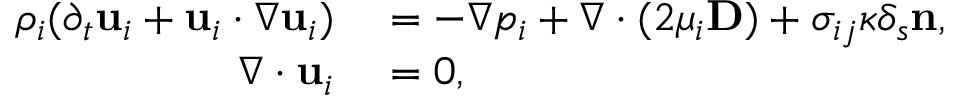
\begin{array} { r l } { \rho _ { i } ( \partial _ { t } \mathbf { u } _ { i } + \mathbf { u } _ { i } \cdot \nabla \mathbf { u } _ { i } ) } & { { } = - \nabla p _ { i } + \nabla \cdot ( 2 \mu _ { i } \mathbf { D } ) + \sigma _ { i j } \kappa \delta _ { s } \mathbf { n } , } \\ { \nabla \cdot \mathbf { u } _ { i } } & { { } = 0 , } \end{array}